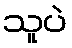
သူပဲ